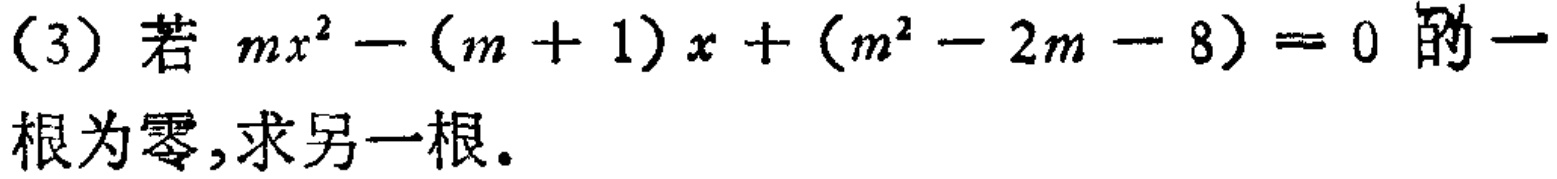
(3) 若 \(mx^{2}-(m + 1)x+(m^{2}-2m - 8)=0\) 的一根为零，求另一根。